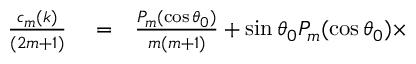
\begin{array} { r l r } { \frac { c _ { m } ( k ) } { ( 2 m + 1 ) } } & { { } = } & { \frac { P _ { m } ( \cos \theta _ { 0 } ) } { m ( m + 1 ) } + \sin \theta _ { 0 } P _ { m } ( \cos \theta _ { 0 } ) \times } \end{array}